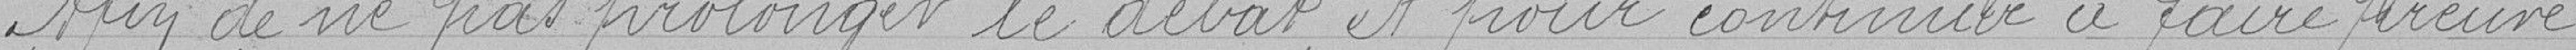
Afin de ne pas prolonger le débat et pour continuer à faire preuve